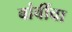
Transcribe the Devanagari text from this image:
बांबींचा